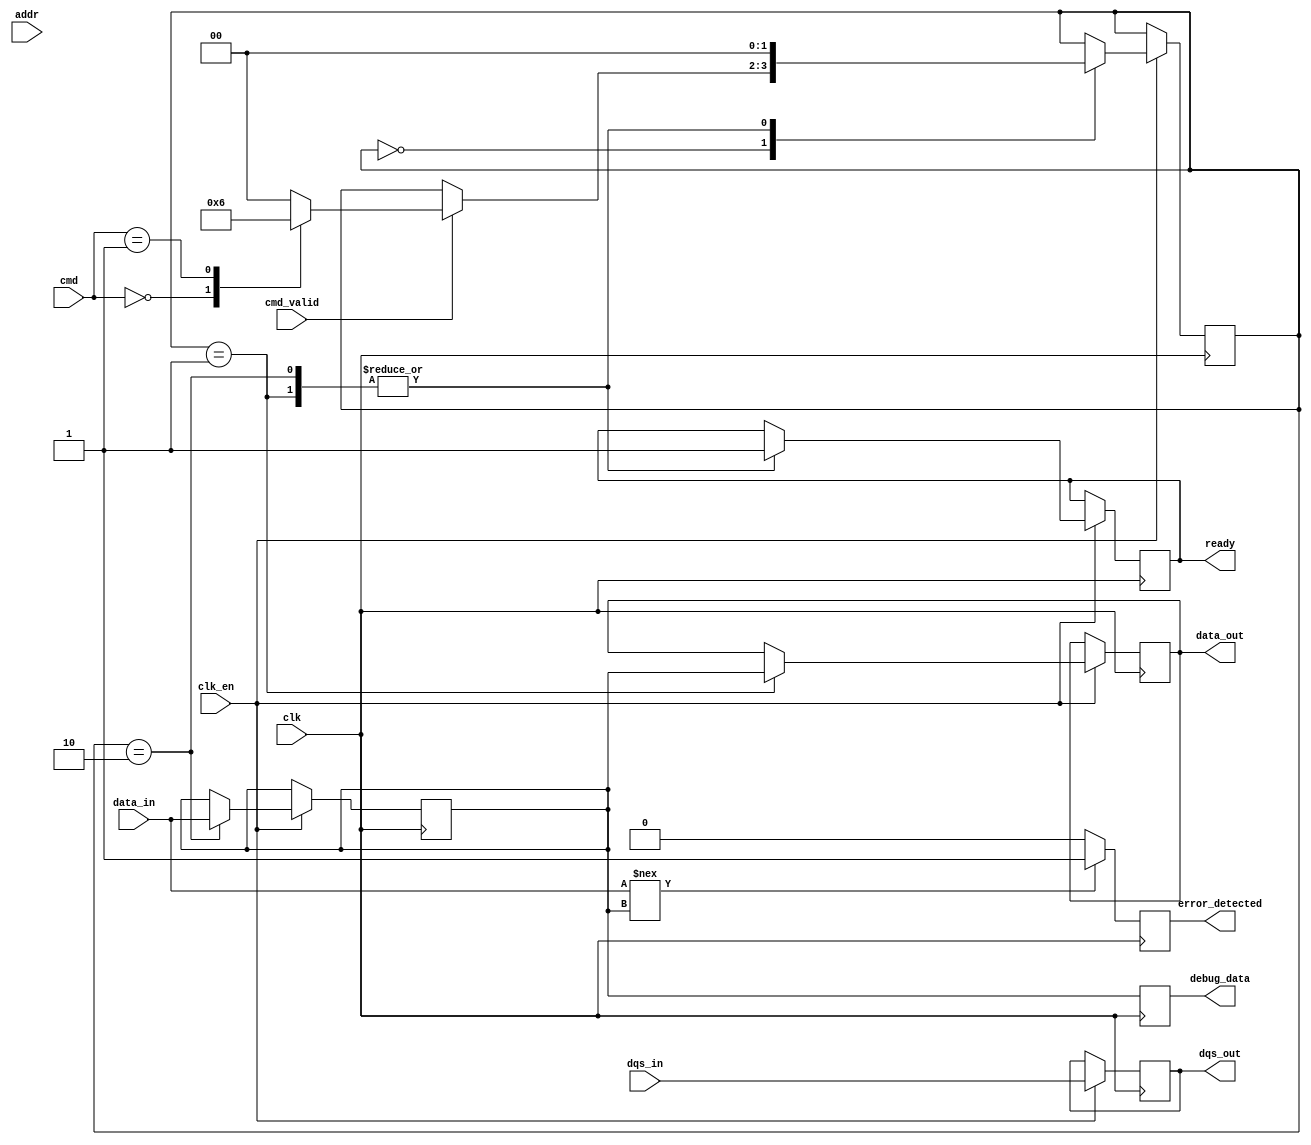
module gddr_io_block #(
    parameter DATA_WIDTH = 64, // Data width (16, 32, 64 bits)
    parameter ADDR_WIDTH = 32   // Address width
)(
    input wire clk,             // Clock signal
    input wire clk_en,          // Clock enable signal
    input wire [DATA_WIDTH-1:0] data_in,  // Data input
    output reg [DATA_WIDTH-1:0] data_out,  // Data output
    input wire dqs_in,          // Data Strobe input
    output reg dqs_out,         // Data Strobe output
    input wire [ADDR_WIDTH-1:0] addr,       // Address input
    input wire cmd_valid,       // Command valid signal
    input wire [2:0] cmd,       // Command (e.g., read, write, refresh)
    output reg ready,           // Ready signal
    output reg error_detected,  // Error detection signal
    output reg [DATA_WIDTH-1:0] debug_data // Debug data output
);

    // Internal signals
    reg [DATA_WIDTH-1:0] data_buffer; // Buffer for data
    reg [1:0] state;                  // State machine for command processing

    // State encoding
    localparam IDLE = 2'b00;
    localparam READ = 2'b01;
    localparam WRITE = 2'b10;

    // Clock gating logic
    always @(posedge clk) begin
        if (clk_en) begin
            // Clock is enabled, proceed with operations
            case (state)
                IDLE: begin
                    if (cmd_valid) begin
                        case (cmd)
                            3'b000: state <= READ;  // Read command
                            3'b001: state <= WRITE; // Write command
                            default: state <= IDLE;
                        endcase
                    end
                end
                READ: begin
                    // Simulate read operation
                    data_out <= data_buffer; // Output the data
                    ready <= 1'b1;           // Indicate ready state
                    state <= IDLE;           // Go back to idle
                end
                WRITE: begin
                    // Simulate write operation
                    data_buffer <= data_in;  // Store incoming data
                    ready <= 1'b1;           // Indicate ready state
                    state <= IDLE;           // Go back to idle
                end
            endcase
        end
    end

    // Data Strobe generation
    always @(posedge clk) begin
        if (clk_en) begin
            dqs_out <= dqs_in; // Pass through DQS for simplicity
        end
    end

    // Error detection logic (simple example)
    always @(posedge clk) begin
        if (data_in !== data_buffer) begin
            error_detected <= 1'b1; // Set error if data mismatch
        end else begin
            error_detected <= 1'b0; // Clear error
        end
    end

    // Debugging output
    always @(posedge clk) begin
        debug_data <= data_buffer; // Output the buffer for debugging
    end

endmodule